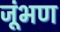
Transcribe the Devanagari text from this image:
जूंभण